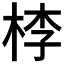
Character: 𣒶